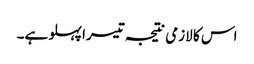
اس کا لازمی نتیجہ تیسرا پہلو ہے۔